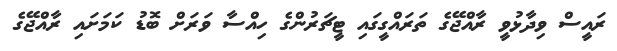
ރައީސް ވިދާޅުވީ ރާއްޖޭގެ ތަރައްގީގައި ޓީޗަރުންގެ ހިއްސާ ވަރަށް ބޮޑު ކަމަށައި ރާއްޖޭގެ